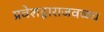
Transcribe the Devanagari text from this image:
प्रवेशद्वाराजवळच